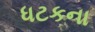
ધટકના